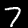
Label: 7